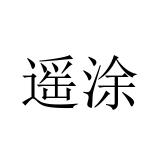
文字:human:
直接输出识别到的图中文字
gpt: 遥涂